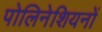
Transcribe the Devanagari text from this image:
पोलिनेशियनों